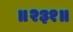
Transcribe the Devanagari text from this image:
॥२३१॥